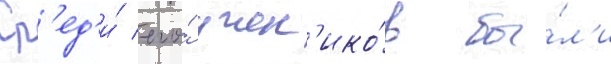
Ср'ед'и́ его́ учен'ико́в бы́л'и